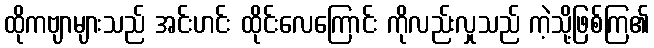
ထိုကဗျာများသည် အင်းဟင်း ထိုင်းလေကြောင်း ကိုလည်းလှုသည် ကဲ့သို့ဖြစ်ကြ၏